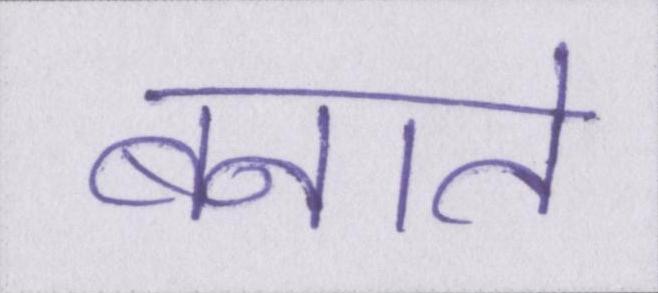
बनाते